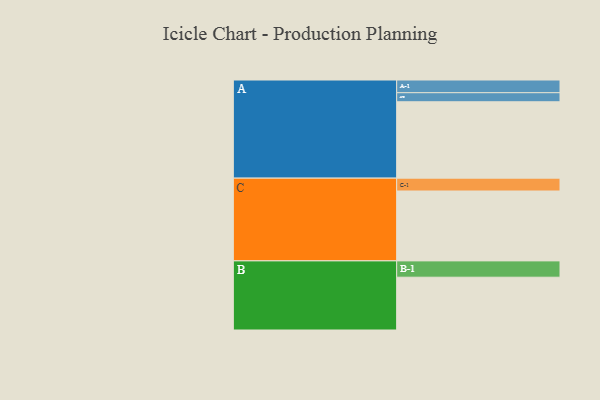
{"axis": {"x": "Segment", "y": "Value"}, "legend": ["", "A", "B", "C"], "data": [{"x": "A", "y": 505, "type": ""}, {"x": "B", "y": 349, "type": ""}, {"x": "C", "y": 462, "type": ""}, {"x": "A-1", "y": 84, "type": "A"}, {"x": "A-2", "y": 60, "type": "A"}, {"x": "B-1", "y": 108, "type": "B"}, {"x": "C-1", "y": 85, "type": "C"}]}